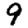
Digit: 9